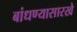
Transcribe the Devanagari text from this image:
बांधण्यासारखे